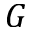
G